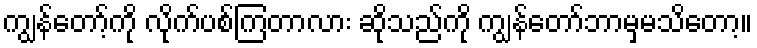
ကျွန်တော့်ကို လိုက်ပစ်ကြတာလား ဆိုသည်ကို ကျွန်တော်ဘာမှမသိတော့။